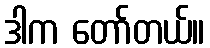
ဒါက တော်တယ်။